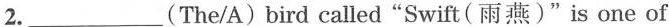
2.___(The/A)bird called"Swift ( 雨燕)"is one of